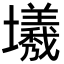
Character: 㙿